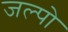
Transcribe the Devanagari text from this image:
जल्पो